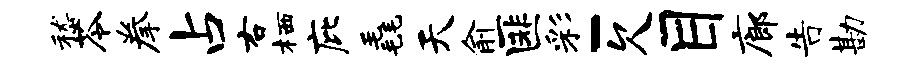
嵇苓拳占右栖庇毳天俞匪彩-欠目廊告勘